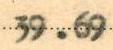
39.69